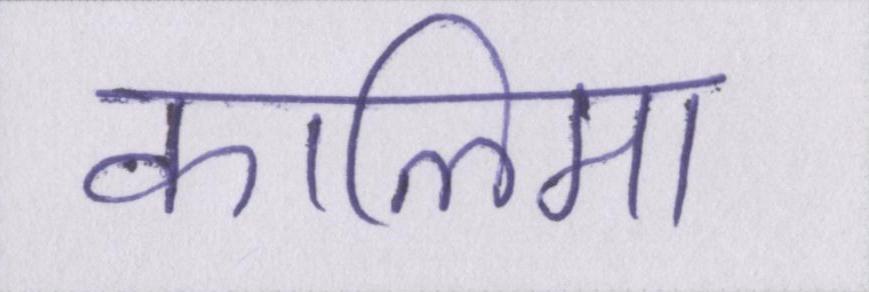
कालिमा